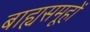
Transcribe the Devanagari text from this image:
बाह्यसमूहों